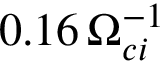
0 . 1 6 \, \Omega _ { c i } ^ { - 1 }